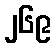
၂၆၉